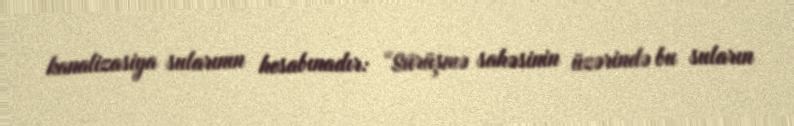
kanalizasiya sularının hesabınadır: “Sürüşmə sahəsinin üzərində bu suların